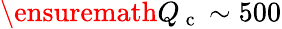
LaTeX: \ensuremath{Q_{\mathrm{~c~}}}\sim 500